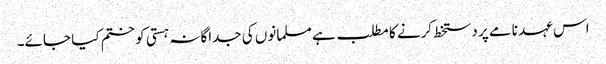
اس عہد نامے پر دستخط کرنے کا مطلب ہے مسلمانوں کی جداگانہ ہستی کو ختم کیا جائے۔